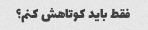
فقط باید کوتاهش کنم؟